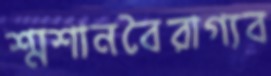
শ্মশানবৈরাগ্যব